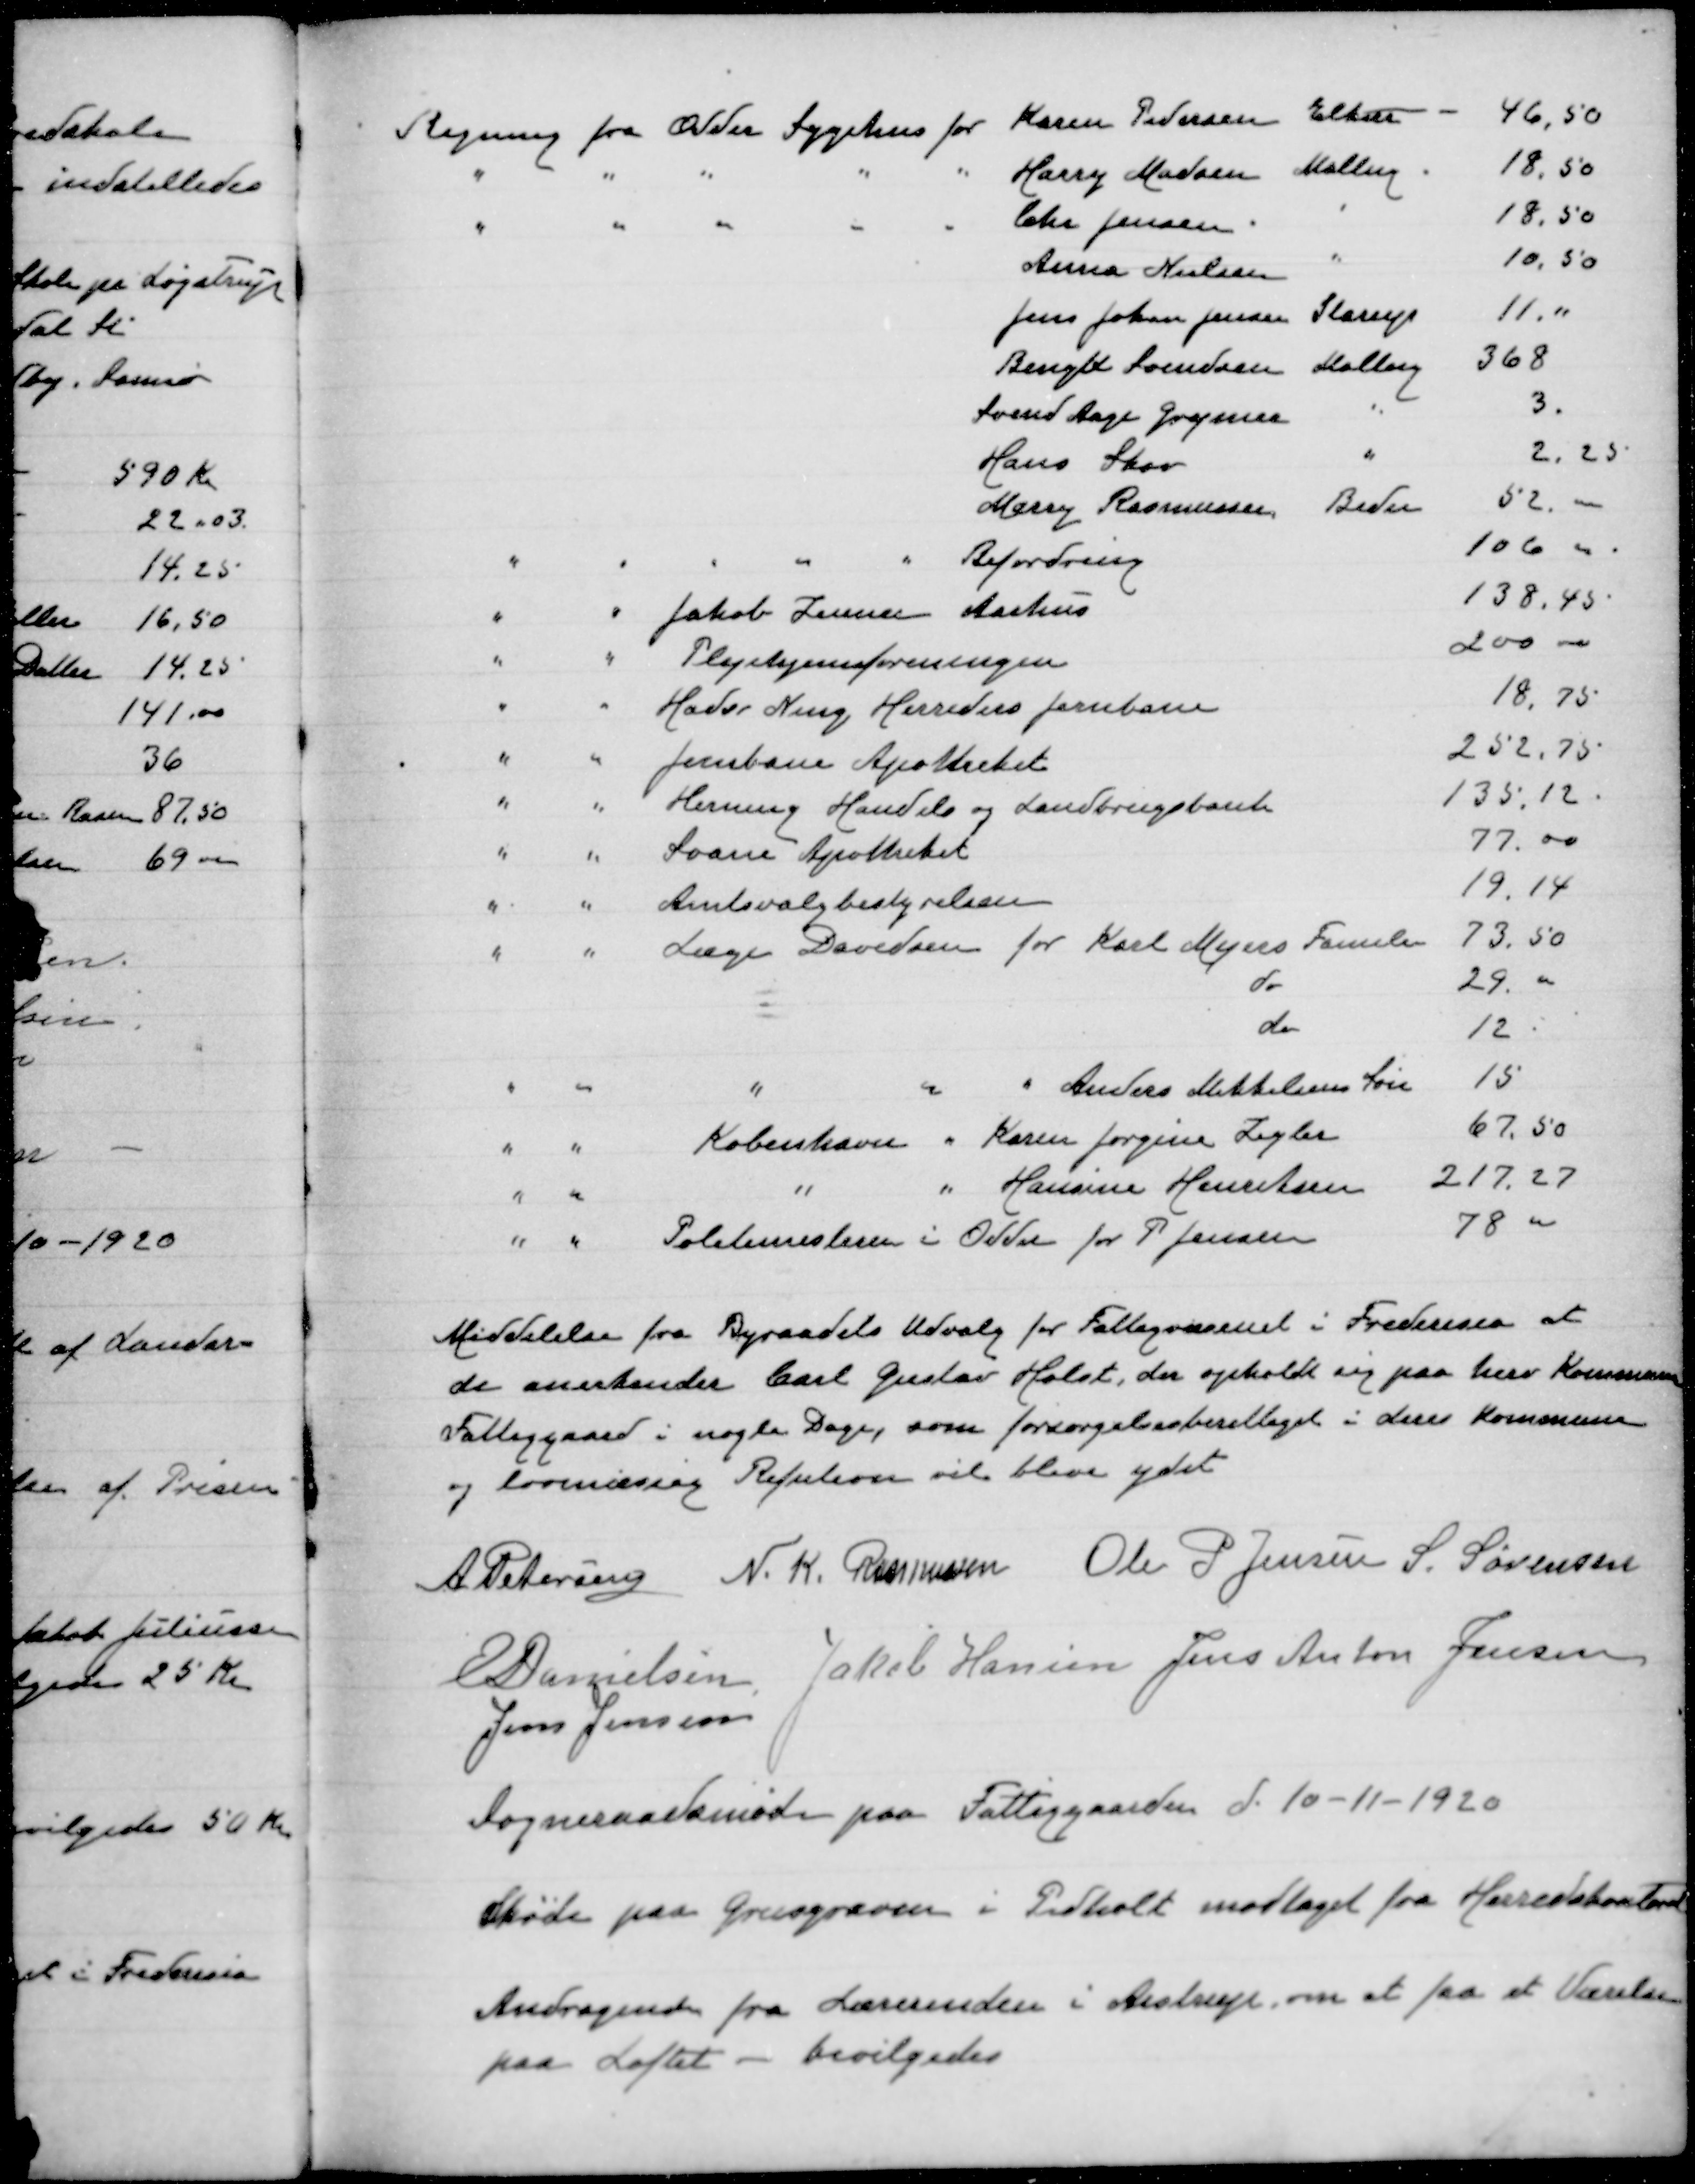
Transskription:
Meddelelse fra Byraadets Udvalg for Fattigvæsenet i Fredericia at
de anerkender Carl Gustav Holst, der opholdt sig paa her Kommune
Fattiggaard i nogle Dage, som forsørgelsesberettiget i deres Kommune
i lovmæssig Refution vil blive ydet

A. Petereng
N. K. Rasmussen
Ole P Jensen
S. Sørensen
E Danielsen
Jakob Hansen
Jens Anton Jensen
Jens Jensen

Sogneraadsmøde paa Fattiggaarden d. 10-11-1920

Skøde paa Grusgraven i Pedholt modtaget fra Herredskontoret

Andragende fra Lærerinden i Aistrup om at faa et Værelse
paa Loftet - bevilgedes